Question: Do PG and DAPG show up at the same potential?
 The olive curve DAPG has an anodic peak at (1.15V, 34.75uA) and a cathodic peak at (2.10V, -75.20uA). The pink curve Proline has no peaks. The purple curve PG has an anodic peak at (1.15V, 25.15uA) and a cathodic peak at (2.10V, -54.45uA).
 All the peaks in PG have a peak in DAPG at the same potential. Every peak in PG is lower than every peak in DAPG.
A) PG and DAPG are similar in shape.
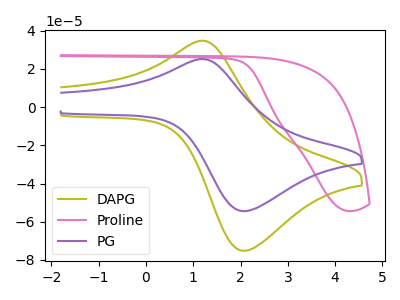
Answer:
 <answer>A) "PG" and "DAPG" are similar in shape.</answer>
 <eval>A</eval>